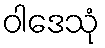
ဝါဒေသုံ